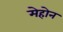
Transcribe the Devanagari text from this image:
मेहोन